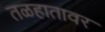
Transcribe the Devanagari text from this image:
तळहातावर